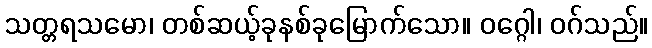
သတ္တရသမော၊ တစ်ဆယ့်ခုနစ်ခုမြောက်သော။ ဝဂ္ဂေါ၊ ဝဂ်သည်။